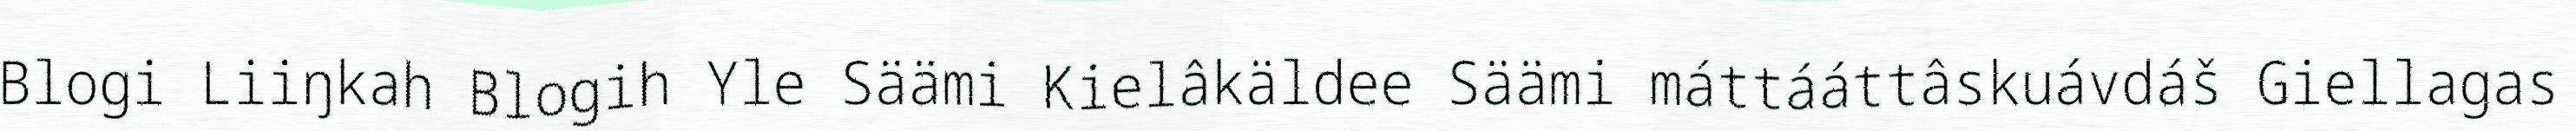
Blogi Liiŋkah Blogih Yle Säämi Kielâkäldee Säämi máttááttâskuávdáš Giellagas